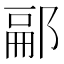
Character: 𨜥